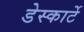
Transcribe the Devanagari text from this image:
डेस्कार्टे